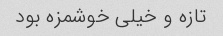
تازه و خیلی خوشمزه بود